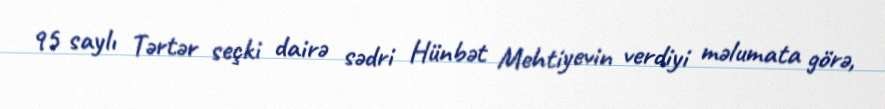
95 saylı Tərtər seçki dairə sədri Hünbət Mehtiyevin verdiyi məlumata görə,